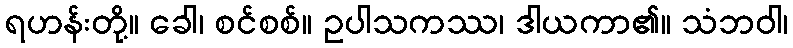
ရဟန်းတို့။ ခေါ၊ စင်စစ်။ ဥပါသကဿ၊ ဒါယကာ၏။ သံဘဝါ၊